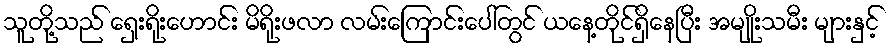
သူတို့သည် ရှေးရိုးဟောင်း မိရိုးဖလာ လမ်းကြောင်းပေါ်တွင် ယနေ့တိုင်ရှိနေပြီး အမျိုးသမီး များနှင့်